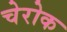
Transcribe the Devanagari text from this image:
चेरोक